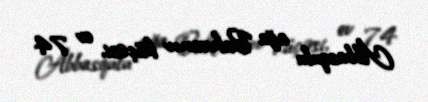
Abbasqulu ağa Bakıxanov küçəsi, ev 74